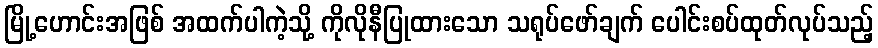
မြို့ဟောင်းအဖြစ် အထက်ပါကဲ့သို့ ကိုလိုနီပြုထားသော သရုပ်ဖော်ချက် ပေါင်းစပ်ထုတ်လုပ်သည့်